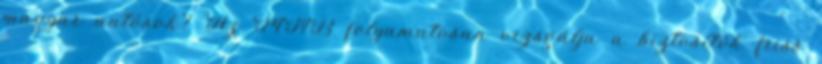
magyar autósok? Az MNB folyamatosan vizsgálja a biztosítók friss